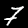
Label: 7